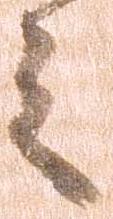
之